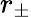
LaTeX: r_{\pm}